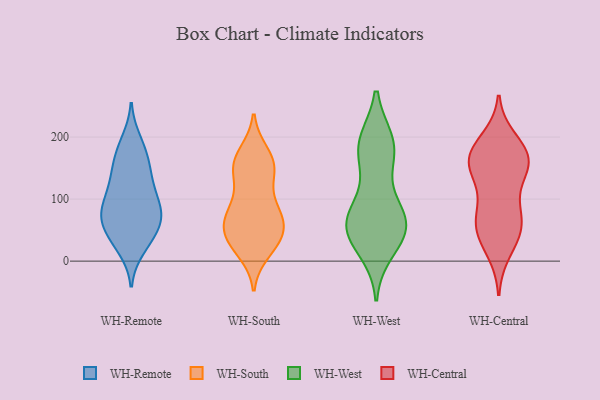
{"axis": {"x": "Customer Acquisition Cost (USD)", "y": "Value"}, "legend": ["WH-Central", "WH-Remote", "WH-South", "WH-West"], "data": [{"x": "", "y": 106, "type": "WH-Remote"}, {"x": "", "y": 71, "type": "WH-Remote"}, {"x": "", "y": 33, "type": "WH-Remote"}, {"x": "", "y": 79, "type": "WH-Remote"}, {"x": "", "y": 142, "type": "WH-Remote"}, {"x": "", "y": 183, "type": "WH-Remote"}, {"x": "", "y": 56, "type": "WH-Remote"}, {"x": "", "y": 173, "type": "WH-Remote"}, {"x": "", "y": 20, "type": "WH-Remote"}, {"x": "", "y": 194, "type": "WH-Remote"}, {"x": "", "y": 146, "type": "WH-Remote"}, {"x": "", "y": 92, "type": "WH-Remote"}, {"x": "", "y": 82, "type": "WH-Remote"}, {"x": "", "y": 104, "type": "WH-Remote"}, {"x": "", "y": 68, "type": "WH-Remote"}, {"x": "", "y": 29, "type": "WH-Remote"}, {"x": "", "y": 121, "type": "WH-Remote"}, {"x": "", "y": 149, "type": "WH-Remote"}, {"x": "", "y": 52, "type": "WH-Remote"}, {"x": "", "y": 65, "type": "WH-Remote"}, {"x": "", "y": 144, "type": "WH-South"}, {"x": "", "y": 77, "type": "WH-South"}, {"x": "", "y": 30, "type": "WH-South"}, {"x": "", "y": 137, "type": "WH-South"}, {"x": "", "y": 159, "type": "WH-South"}, {"x": "", "y": 82, "type": "WH-South"}, {"x": "", "y": 70, "type": "WH-South"}, {"x": "", "y": 174, "type": "WH-South"}, {"x": "", "y": 170, "type": "WH-South"}, {"x": "", "y": 53, "type": "WH-South"}, {"x": "", "y": 54, "type": "WH-South"}, {"x": "", "y": 94, "type": "WH-South"}, {"x": "", "y": 144, "type": "WH-South"}, {"x": "", "y": 26, "type": "WH-South"}, {"x": "", "y": 53, "type": "WH-South"}, {"x": "", "y": 82, "type": "WH-South"}, {"x": "", "y": 15, "type": "WH-South"}, {"x": "", "y": 44, "type": "WH-South"}, {"x": "", "y": 28, "type": "WH-South"}, {"x": "", "y": 155, "type": "WH-South"}, {"x": "", "y": 18, "type": "WH-West"}, {"x": "", "y": 68, "type": "WH-West"}, {"x": "", "y": 179, "type": "WH-West"}, {"x": "", "y": 35, "type": "WH-West"}, {"x": "", "y": 191, "type": "WH-West"}, {"x": "", "y": 65, "type": "WH-West"}, {"x": "", "y": 44, "type": "WH-West"}, {"x": "", "y": 91, "type": "WH-West"}, {"x": "", "y": 189, "type": "WH-West"}, {"x": "", "y": 63, "type": "WH-West"}, {"x": "", "y": 192, "type": "WH-West"}, {"x": "", "y": 155, "type": "WH-West"}, {"x": "", "y": 54, "type": "WH-West"}, {"x": "", "y": 65, "type": "WH-West"}, {"x": "", "y": 127, "type": "WH-Central"}, {"x": "", "y": 71, "type": "WH-Central"}, {"x": "", "y": 164, "type": "WH-Central"}, {"x": "", "y": 158, "type": "WH-Central"}, {"x": "", "y": 49, "type": "WH-Central"}, {"x": "", "y": 149, "type": "WH-Central"}, {"x": "", "y": 60, "type": "WH-Central"}, {"x": "", "y": 64, "type": "WH-Central"}, {"x": "", "y": 174, "type": "WH-Central"}, {"x": "", "y": 195, "type": "WH-Central"}, {"x": "", "y": 37, "type": "WH-Central"}, {"x": "", "y": 157, "type": "WH-Central"}, {"x": "", "y": 161, "type": "WH-Central"}, {"x": "", "y": 86, "type": "WH-Central"}, {"x": "", "y": 17, "type": "WH-Central"}, {"x": "", "y": 180, "type": "WH-Central"}]}